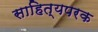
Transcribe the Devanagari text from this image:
साहित्यपरक